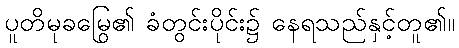
ပူတိမုခမြွေ၏ ခံတွင်းပိုင်း၌ နေရသည်နှင့်တူ၏။